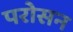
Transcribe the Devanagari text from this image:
परोसन